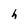
Character: h